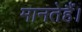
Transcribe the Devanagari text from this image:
मानतेहैं।